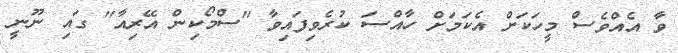
ވާ އެއްވެސް މީހަކަށް އެކަމަށް ހާއްސަ ކުރެވިފައިވާ "ސްމޯކިން އޭރިއާ" ގައި ނޫނީ